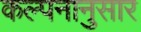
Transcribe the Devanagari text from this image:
कल्पनानुसार